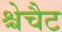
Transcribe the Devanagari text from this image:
श्चेचैट